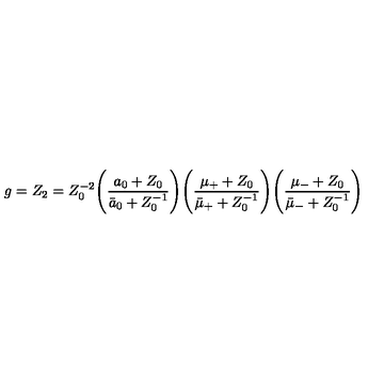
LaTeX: g = Z _ { 2 } = Z _ { 0 } ^ { - 2 } \Biggl ( \frac { a _ { 0 } + Z _ { 0 } } { \bar { a } _ { 0 } + Z _ { 0 } ^ { - 1 } } \Biggr ) \Biggl ( \frac { \mu _ { + } + Z _ { 0 } } { \bar { \mu } _ { + } + Z _ { 0 } ^ { - 1 } } \Biggr ) \Biggl ( \frac { \mu _ { - } + Z _ { 0 } } { \bar { \mu } _ { - } + Z _ { 0 } ^ { - 1 } } \Biggr )